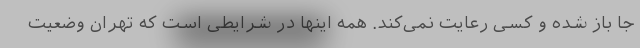
جا باز شده و کسی رعایت نمی‌کند. همه اینها در شرایطی است که تهران وضعیت